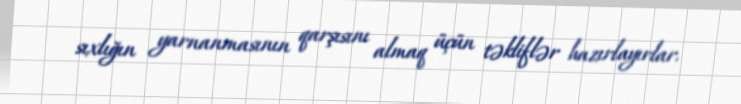
sıxlığın yarnanmasının qarşısını almaq üçün təkliflər hazırlayırlar.